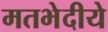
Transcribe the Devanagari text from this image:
मतभेदीये